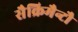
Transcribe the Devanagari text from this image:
सैक्रिमैन्टौ